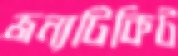
জন্যটিকিট